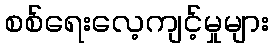
စစ်ရေးလေ့ကျင့်မှုများ